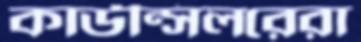
কাউন্সিলরেরা